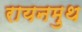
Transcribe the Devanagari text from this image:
रायनमुथ